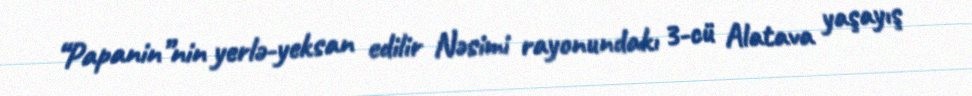
“Papanin”nin yerlə-yeksan edilir Nəsimi rayonundakı 3-cü Alatava yaşayış